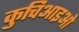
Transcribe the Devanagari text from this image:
कुचिआइओ